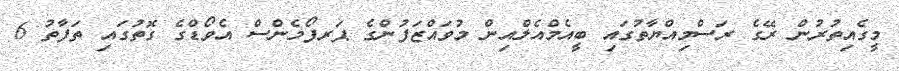
މީގެއިތުރުން ރޭގެ ރަސްމިއްޔާތުގައި ބީއެމްއެލްއިން މުވައްޒަފުންގެ ޕަރފޯމެންސް އެވޯޑްގެ ގޮތުގައި ތަފާތު 6